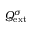
Q _ { \mathrm { { e x t } } } ^ { \sigma }